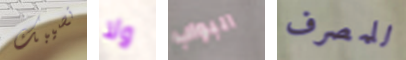
تصيبك ولا البواب للمصرف